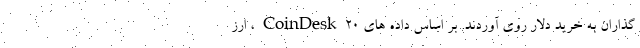
گذاران به خرید دلار روی آوردند. بر اساس داده های CoinDesk 20 ، ارز